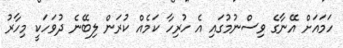
ހަމައަށް އޭނާގެ ވިސްނުމުގައި އެ ހުރިހާ ކަމެއް ކުރަން ލިބޭނެ ދުވަހަކީ މިހާރު